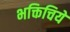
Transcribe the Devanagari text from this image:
भक्तिचिये